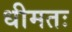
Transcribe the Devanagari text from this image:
धीमतः